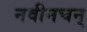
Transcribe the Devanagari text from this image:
नवीनचन्